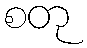
စတု